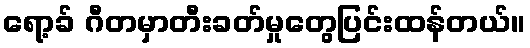
ရော့ခ် ဂီတမှာတီးခတ်မှုတွေပြင်းထန်တယ်။